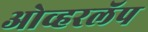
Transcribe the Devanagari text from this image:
ओव्हरलॅप